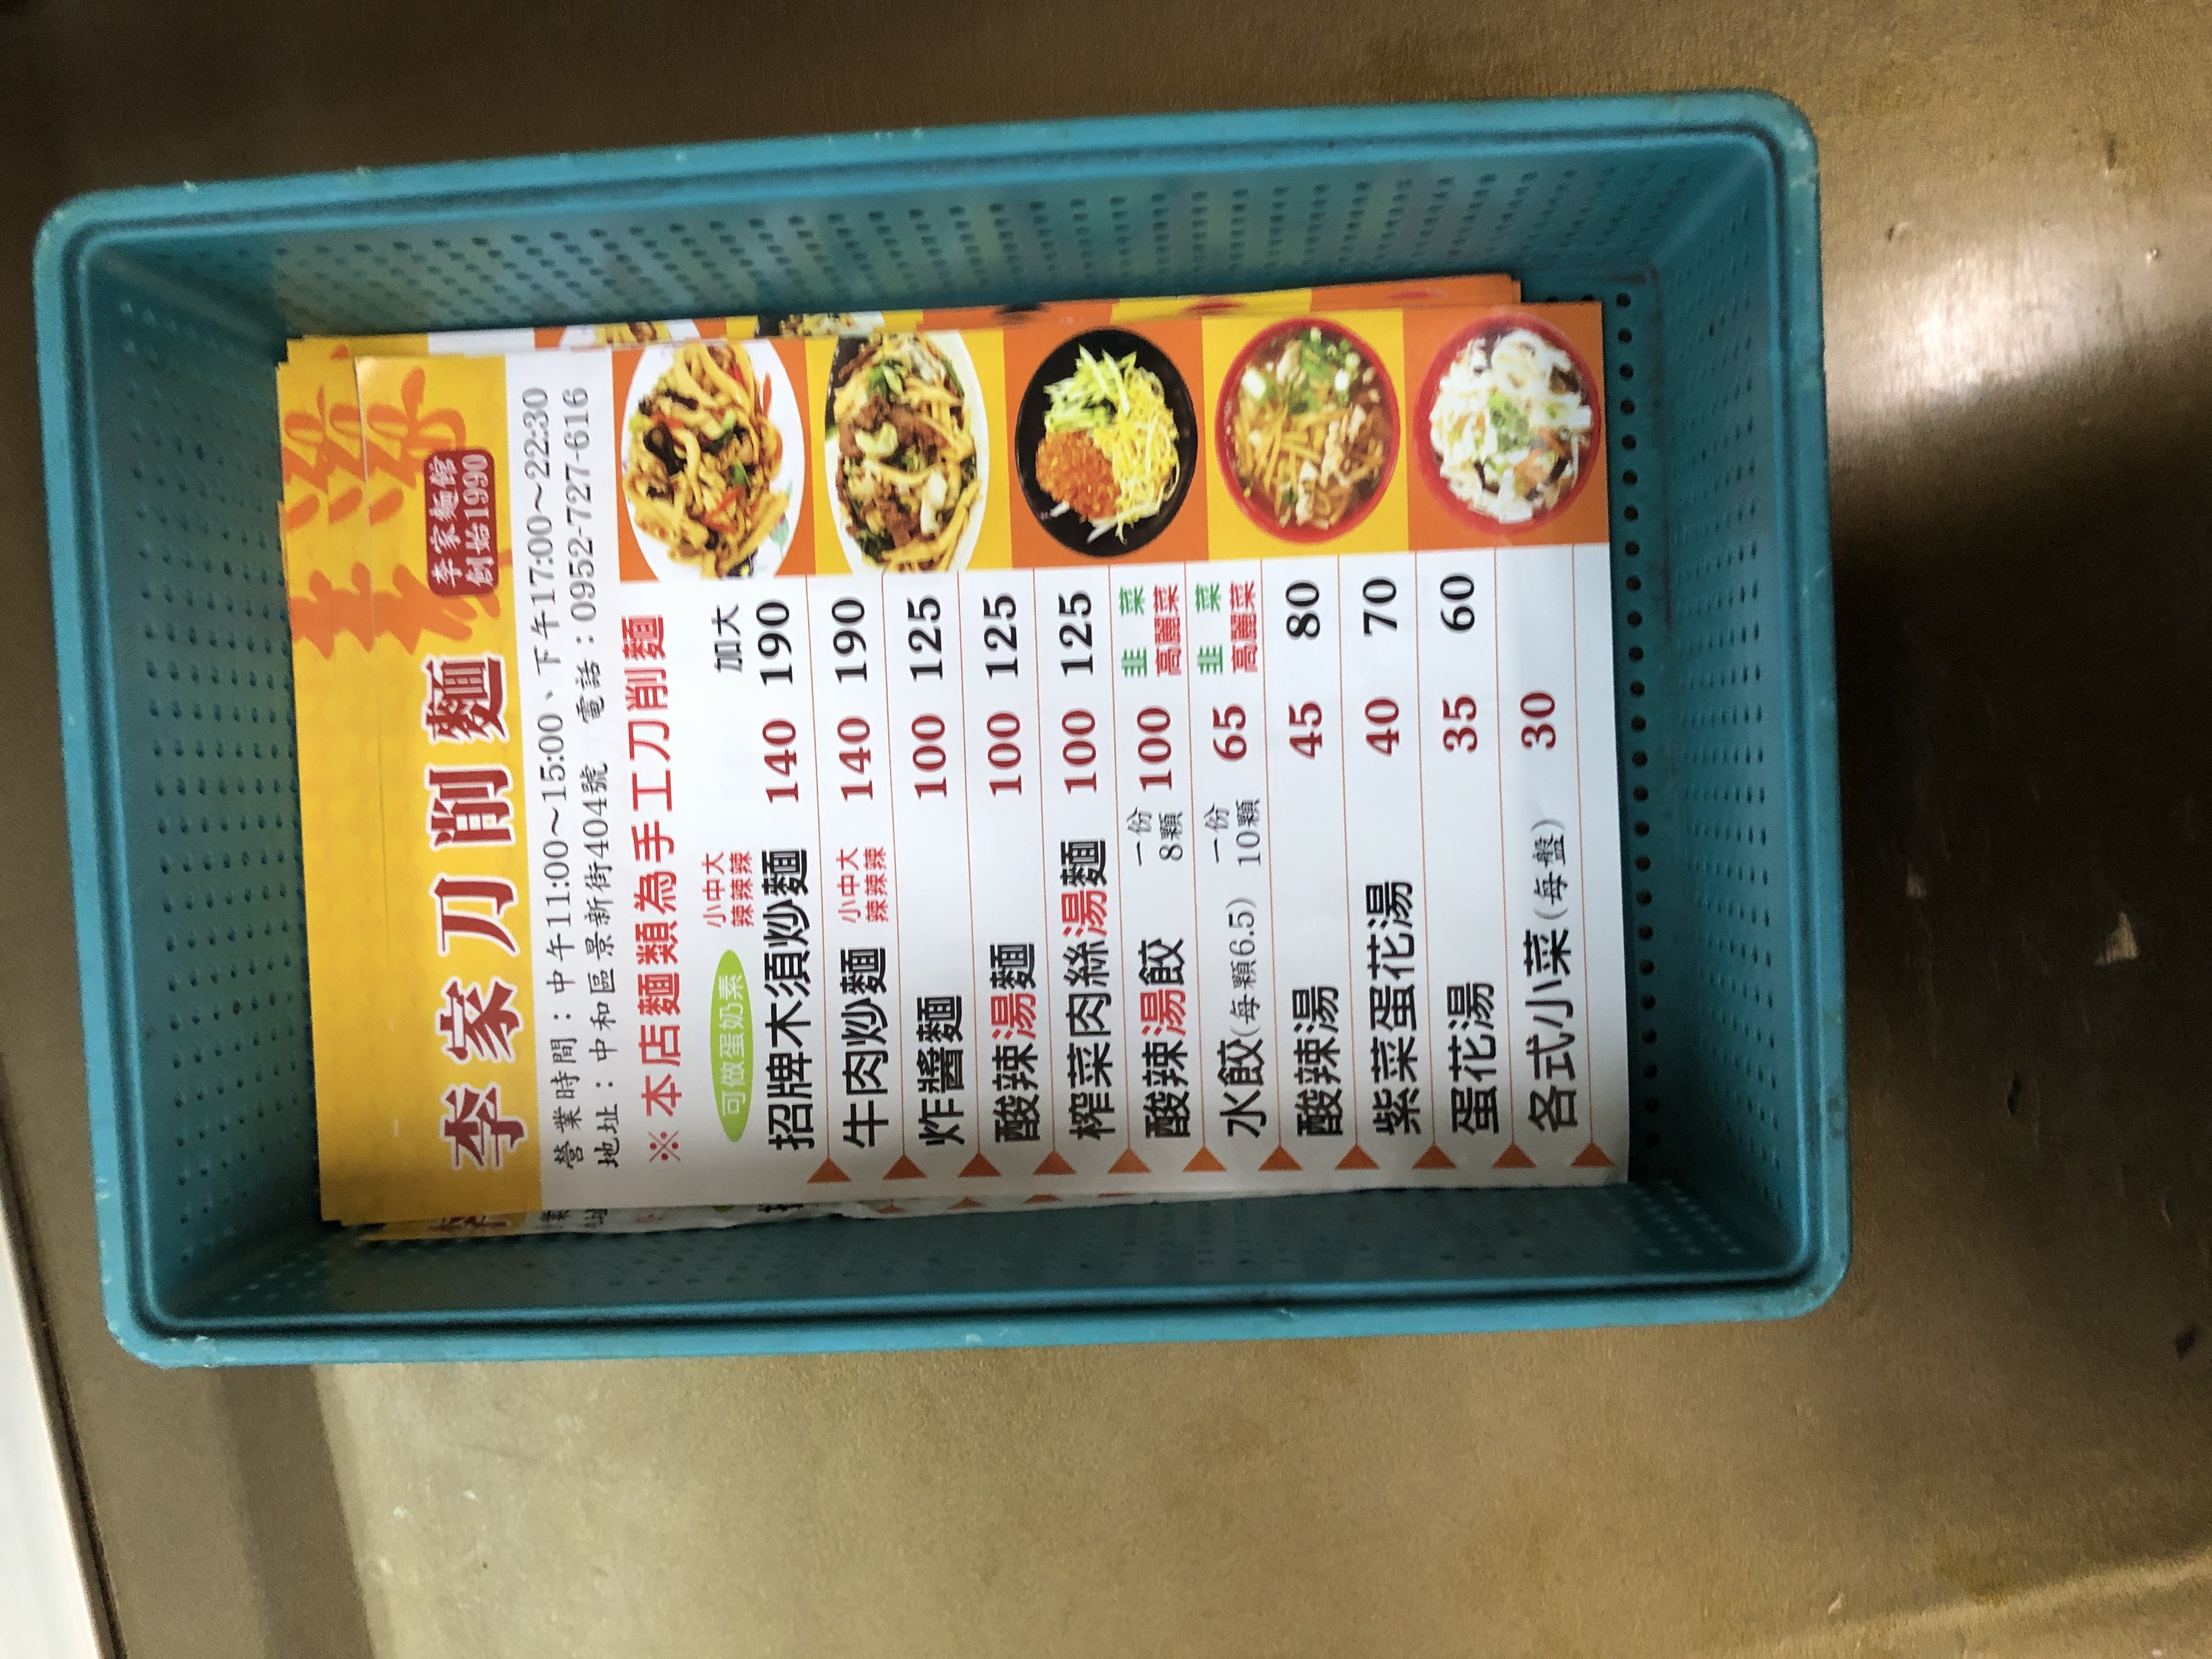
餐廳：李家刀削麵
地址：中和區景新街404號
電話：0952-727-616
營業時間：中午11:00~15:00、下午17:00~22:30
菜單：
name: 招牌木須炒麵
price: 140
name: 招牌木須炒麵大
price: 190
name: 牛肉炒麵
price: 140
name: 牛肉炒麵大
price: 190
name: 炸醬麵
price: 100
name: 炸醬麵大
price: 125
name: 酸辣湯麵
price: 100
name: 酸辣湯麵大
price: 125
name: 榨菜肉絲湯麵
price: 100
name: 榨菜肉絲湯麵大
price: 125
name: 酸辣湯餃
price: 100
name: 水餃(每顆)韭菜
price: 6.5
name: 水餃(每顆)高麗菜
price: 6.5
name: 水餃(10顆)韭菜
price: 65
name: 水餃(10顆)高麗菜
price: 65
name: 酸辣湯小
price: 45
name: 酸辣湯大
price: 80
name: 紫菜蛋花湯小
price: 40
name: 紫菜蛋花湯大
price: 70
name: 蛋花湯小
price: 35
name: 蛋花湯大
price: 60
name: 各式小菜(每盤)
price: 30